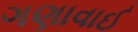
ગણાવાઈ